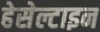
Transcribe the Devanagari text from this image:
हेसेल्टाइन